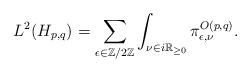
LaTeX: \begin{align*} L^2(H_{p,q})_{} = \sum_{\epsilon \in {\mathbb Z}/2{\mathbb Z}} \int_{\nu\in i{\mathbb R_{\ge 0}}} \pi_{\epsilon,\nu}^{O(p,q)}.\end{align*}